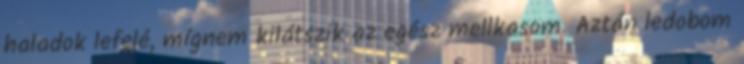
haladok lefelé, mígnem kilátszik az egész mellkasom. Aztán ledobom